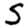
Digit: 5